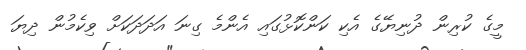
މީގެ ކުރިން ދުނިޔޭގެ އެކި ކަންކޮޅުގައި އެންމެ ގިނަ އަދަދަކަށް ވިކެމުން ދިޔަ